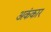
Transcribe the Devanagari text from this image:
अकंकार